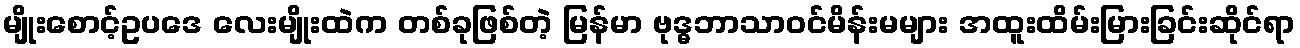
မျိုးစောင့်ဥပဒေ လေးမျိုးထဲက တစ်ခုဖြစ်တဲ့ မြန်မာ ဗုဒ္ဓဘာသာဝင်မိန်းမများ အထူးထိမ်းမြားခြင်းဆိုင်ရာ